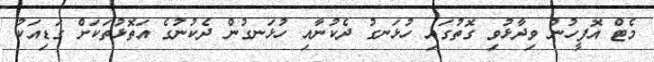
މެޓް އޮފީހުން ވިދާޅުވި ގޮތުގައި ހުޅަނގު ދެކުނާއި ހުޅަނގުން ދެކުނުގެ އަތޮޅުތަކަށް ގަޑިއަކު